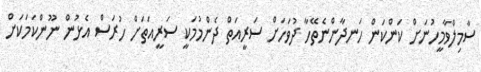
ސާމިލްވާމީހުނަށް ކަންކަން ހަނދާންނެތޭހާ ދުވަހަށް ސަރީއަތް ދެންމުމަކީ ސަރީއަތަށް ހުރަސް އެޅުން ނޫންކަމަކަށް